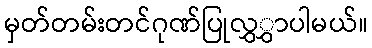
မှတ်တမ်းတင်ဂုဏ်ပြုလွှွှာပါမယ်။